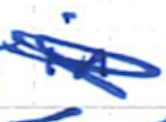
Text: in
Cross-out: mix
Writing tool: ballpoint